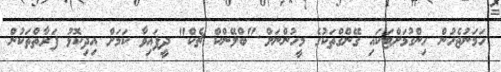
ހަމަނުޖެހުން ހިންގުމަށްޓަކައި ގޭންގްތަކުގެ މީހުންނަށް "ބްލޭންކް ޗެކް" ދީފައިވާ ކަމަށް އިދިކޮޅު ފަރާތްތަކުން